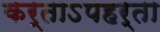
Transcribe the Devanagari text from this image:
कर्ताऽपहर्ता